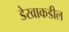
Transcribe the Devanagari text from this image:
डेखाकडील